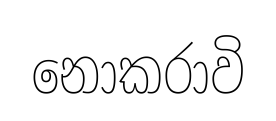
නොකරාවි